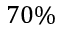
7 0 \%